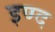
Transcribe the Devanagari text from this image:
इण्द